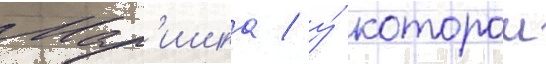
Мар'ишка / у́ которои